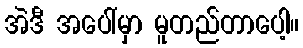
အဲဒီ အပေါ်မှာ မူတည်တာပေါ့။